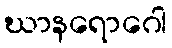
ဃာနရောဂေါ